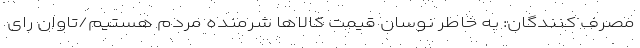
مصرف کنندگان: به خاطر نوسان قیمت کالاها شرمنده مردم هستیم/تاوان رای